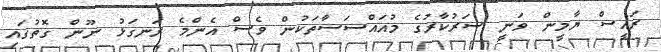
ރައީސް ޔާމީން ވަނީ ސަރުކާރުގެ މުއައްސަސާތަކުން ވެސް އެންމެ ރަނގަޅު ނޫން ގޮތުގައި